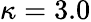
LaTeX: \kappa=3.0